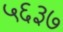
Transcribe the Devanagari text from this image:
५६३७